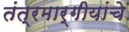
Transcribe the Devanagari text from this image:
तंत्रमार्गीयांचे